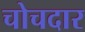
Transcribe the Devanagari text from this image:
चोचदार